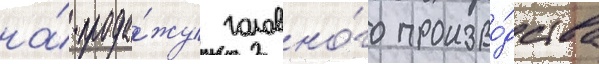
на́ прода́жу головно́го произво́дства